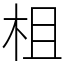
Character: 柤